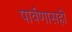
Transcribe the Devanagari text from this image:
पार्वणासही